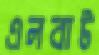
এলবাট